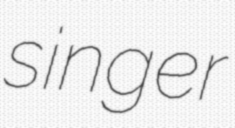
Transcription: singer